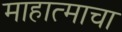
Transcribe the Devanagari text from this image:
माहात्माचा